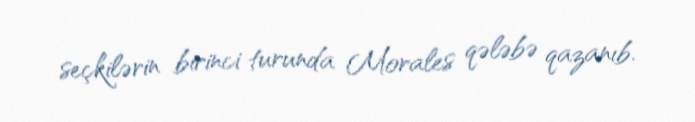
seçkilərin birinci turunda Morales qələbə qazanıb.